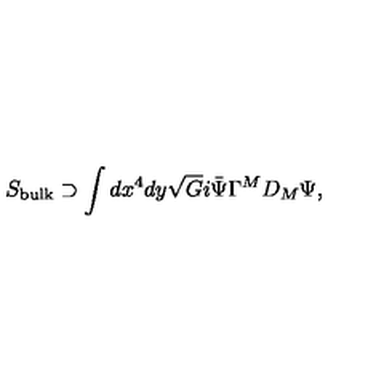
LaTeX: S _ { \mathrm { b u l k } } \supset \int d x ^ { 4 } d y \sqrt { G } i \bar { \Psi } \Gamma ^ { M } D _ { M } \Psi ,